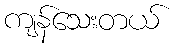
ကျန်သေးတယ်